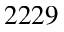
2 2 2 9